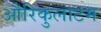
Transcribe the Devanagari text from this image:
औरिकुलाटम